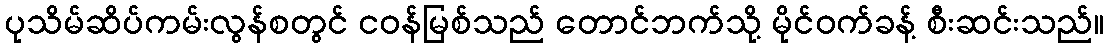
ပုသိမ်ဆိပ်ကမ်းလွန်စတွင် ငဝန်မြစ်သည် တောင်ဘက်သို့ မိုင်ဝက်ခန့် စီးဆင်းသည်။